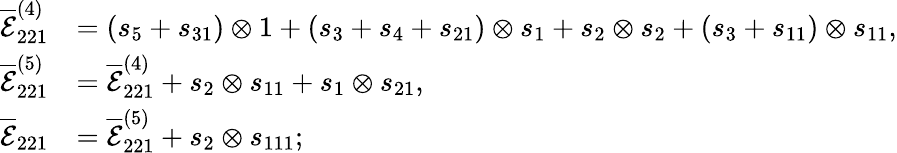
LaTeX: \begin{array}{rl}{\overline{{\mathcal{E}}}_{221}^{(4)}}&{=(s_{5}+s_{31})\otimes 1+(s_{3}+s_{4}+s_{21})\otimes s_{1}+s_{2}\otimes s_{2}+(s_{3}+s_{11})\otimes s_{11},}\\ {\overline{{\mathcal{E}}}_{221}^{(5)}}&{=\overline{{\mathcal{E}}}_{221}^{(4)}+s_{2}\otimes s_{11}+s_{1}\otimes s_{21},}\\ {\overline{{\mathcal{E}}}_{221}}&{=\overline{{\mathcal{E}}}_{221}^{(5)}+s_{2}\otimes s_{111};}\end{array}